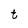
Character: t